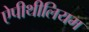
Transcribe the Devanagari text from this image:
ऐपीथीलियम